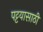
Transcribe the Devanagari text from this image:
पट्टयासाठी